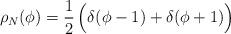
LaTeX: \begin{align*}\rho_{N}(\phi) = {1\over 2}\, \Bigl( \delta (\phi -1 ) + \delta (\phi + 1) \Bigr)\end{align*}